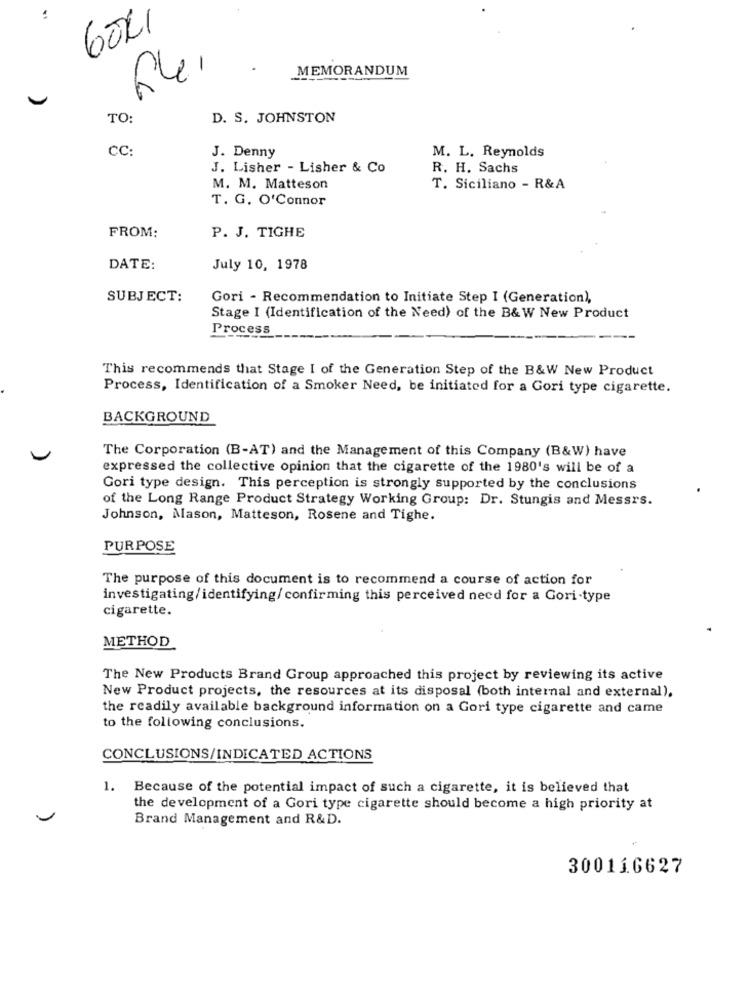
..
6021
-
MEMORANDUM
TO:
D. S. JOHNSTON
CC:
M. L. Reynolds
J. Denny
J. Lisher - Lisher & Co
R. H. Sachs
M. M. Matteson
T. Siciliano - R&A
T. G. O'Connor
FROM:
P. J. TIGHE
DATE:
July 10, 1978
SUBJECT:
Gori - Recommendation to Initiate Step I (Generation),
Stage I (Identification of the Need) of the B&W New Product
Process
This recommends that Stage I of the Generation Step of the B&W New Product
Process, Identification of a Smoker Need, be initiated for a Gori type cigarette.
BACKGROUND
The Corporation (B-AT) and the Management of this Company (B&W) have
expressed the collective opinion that the cigarette of the 1980's will be of a
Gori type design. This perception is strongly supported by the conclusions
of the Long Range Product Strategy Working Group: Dr. Stungis and Messrs.
Johnson, Mason, Matteson, Rosene and Tighe.
PURPOSE
The purpose of this document is to recommend a course of action for
investigating/identifying/ confirming this perceived need for a Gori·type
cigarette.
METHOD
The New Products Brand Group approached this project by reviewing its active
New Product projects, the resources at its disposal (both internal and external),
the readily available background information on a Gori type cigarette and came
to the following conclusions.
CONCLUSIONS/INDICATED ACTIONS
1. Because of the potential impact of such a cigarette, it is believed that
the development of a Gori type cigarette should become a high priority at
Brand Management and R&D.
300116627